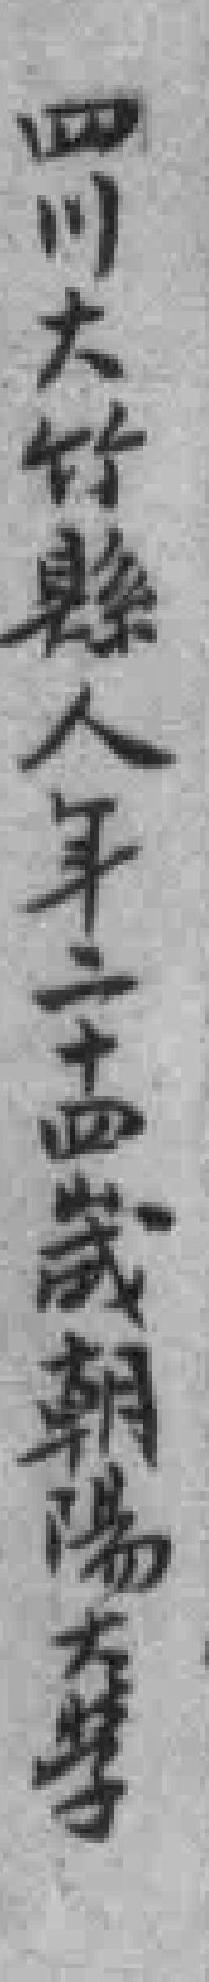
四川大竹縣人年二十四歲朝陽大學